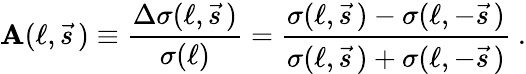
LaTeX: \mathbf{A}(\ell,\vec{{s}}\, )\equiv\frac{{\Delta\sigma(\ell,\vec{{s}}\, )}}{{\sigma(\ell)}}=\frac{{\sigma(\ell,\vec{{s}}\, )-\sigma(\ell,-\vec{{s}}\, )}}{{\sigma(\ell,\vec{{s}}\, )+\sigma(\ell,-\vec{{s}}\, )}}\ .